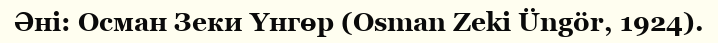
Әні: Осман Зеки Үнгөр (Osman Zeki Üngör, 1924).